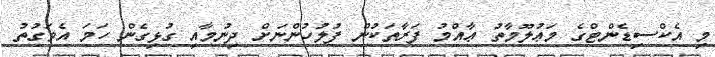
މި އެކްސިޑެންޓްގެ މަޢުލޫމާތު ޢާއްމު ފަރާތަކުން ފުލުހުންނަށް ދިނުމާއި ގުޅިގެން ހަމަ އެވަގުތު